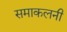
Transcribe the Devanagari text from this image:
समाकलनी